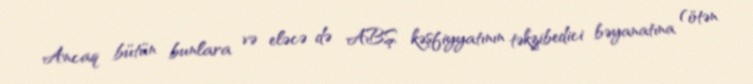
Ancaq bütün bunlara və eləcə də ABŞ kəşfiyyatının təkzibedici bəyanatına (ötən